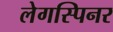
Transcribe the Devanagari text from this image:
लेगस्पिनर